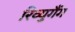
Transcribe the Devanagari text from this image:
रिव्युगैंग